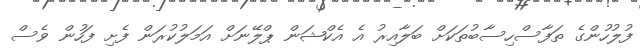
ފުލުހުންގެ ތަފާސްހިސާބުތަކަށް ބަލާއިރު އެ އެކްޝަން ޕްލޭނަށް އަމަލުކުރަން ފެށި ފަހުން ވެސް